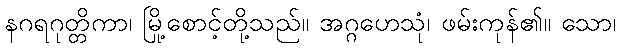
နဂရဂုတ္တိကာ၊ မြို့စောင့်တို့သည်။ အဂ္ဂဟေသုံ၊ ဖမ်းကုန်၏။ သော၊